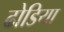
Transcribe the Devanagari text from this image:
ढोडिया